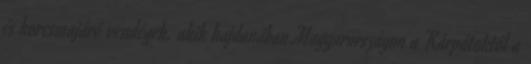
és korcsmajáró vendégek, akik hajdanában Magyarországon a Kárpátoktól a